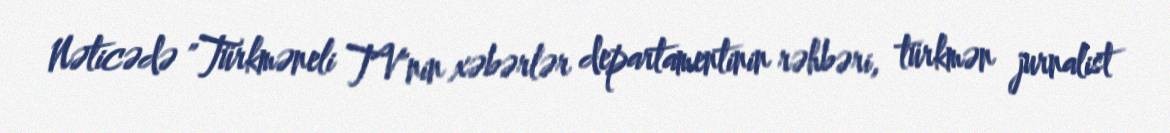
Nəticədə "Türkməneli TV"nin xəbərlər departamentinin rəhbəri, türkmən jurnalist